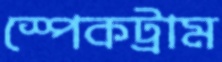
স্পেকট্রাম